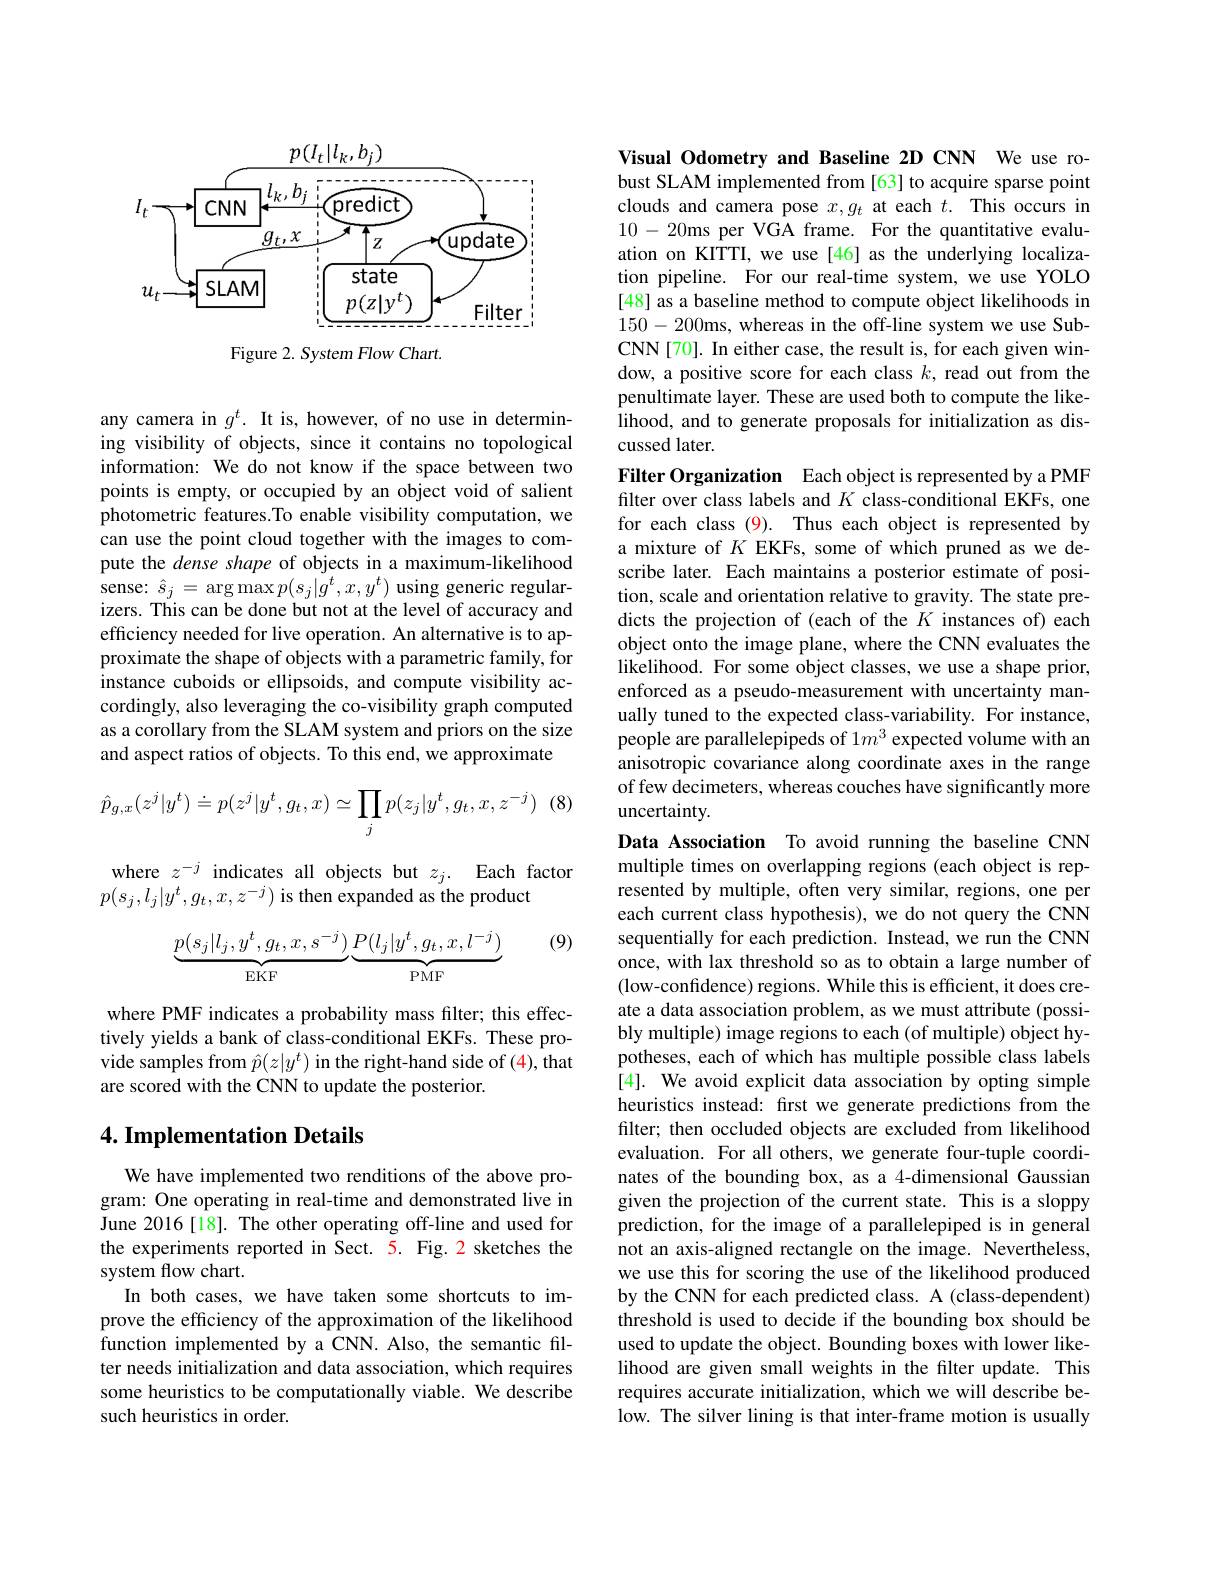
<FigureHere>

Figure 2. System Flow Chart

any camera in $g^t.$ It is, however, of no use in determining visibility of objects, since it contains no topological information: We do not know if the space between two points is empty, or occupied by an object void of salient photometric features.To enable visibility computation, we can use the point cloud together with the images to compute the dense shape of objects in a maximum-likelihood sense: $\hat{s}_j=\arg\max p(s_j|g^t,x,y^t)$ using generic regularizers. This can be done but not at the level of accuracy and efficiency needed for live operation. An alternative is to approximate the shape of objects with a parametric family, for instance cuboids or ellipsoids, and compute visibility accordingly, also leveraging the co-visibility graph computed as a corollary from the SLAM system and priors on the size and aspect ratios of objects. To this end, we approximate

(8
$$\hat{p}_{g,x}(z^j|y^t)\doteq p(z^j|y^t,g_t,x)\simeq\prod_jp(z_j|y^t,g_t,x,z^{-j})$$
where $z^-j$ indicates all objects but $z_j.$ Each factor

$p(s_j,l_j|y^t,g_t,x,z^{-j})$ is then expanded as the product

(9)
$$\underbrace{p(s_j|l_j,y^t,g_t,x,s^{-j})}_{\text{EKF}}\underbrace{P(l_j|y^t,g_t,x,l^{-j})}_{\text{PMF}}$$
where PMF indicates a probability mass filter; this effectively yields a bank of class-conditional EKFs. These provide samples from $\hat{p}(z|y^t)$ in the right-hand side of (4), that are scored with the CNN to update the posterior.

### 4. Implementation Details

We have implemented two renditions of the above program: One operating in real-time and demonstrated live in June 2016[18]. The other operating off-line and used for the experiments reported in Sect. 5. Fig.2 sketches the system flow chart.
In both cases, we have taken some shortcuts to improve the efficiency of the approximation of the likelihood function implemented by a CNN. Also, the semantic filter needs initialization and data association, which requires some heuristics to be computationally viable. We describe such heuristics in order.

Visual Odometry and Baseline 2D CNN We use robust SLAM implemented from [63] to acquire sparse point clouds and camera pose $x,g_t$ at each $t.$ This occurs in 10-20ms per VGA frame. For the quantitative evaluation on KITTI, we use[46] as the underlying localization pipeline. For our real-time system, we use YOLO [48] as a baseline method to compute object likelihoods in 150-200ms, whereas in the off-line system we use SubCNN[70]. In either case, the result is, for each given window, a positive score for each class $k$, read out from the penultimate layer. These are used both to compute the likelihood, and to generate proposals for initialization as discussed later.

Filter Organization Each object is represented by a PMF filter over class labels and $K$ class-conditional EKFs, one for each class (9). Thus each object is represented by a mixture of $K$ EKFs, some of which pruned as we describe later. Each maintains a posterior estimate of position, scale and orientation relative to gravity. The state predicts the projection of (each of the $K$ instances of) each object onto the image plane, where the CNN evaluates the likelihood. For some object classes, we use a shape prior, enforced as a pseudo-measurement with uncertainty manually tuned to the expected class-variability. For instance people are parallelepipeds of 1$m^3$ expected volume with an anisotropic covariance along coordinate axes in the range of few decimeters, whereas couches have significantly more uncertainty.
Data Association To avoid running the baseline CNN

multiple times on overlapping regions (each object is represented by multiple, often very similar, regions, one per each current class hypothesis), we do not query the CNN sequentially for each prediction. Instead, we run the CNN once, with lax threshold so as to obtain a large number of (low-confidence) regions. While this is efficient, it does create a data association problem, as we must attribute (possibly multiple) image regions to each (of multiple) object hypotheses, each of which has multiple possible class labels [4]. We avoid explicit data association by opting simple heuristics instead: first we generate predictions from the filter; then occluded objects are excluded from likelihood evaluation. For all others, we generate four-tuple coordinates of the bounding box, as a 4-dimensional Gaussian given the projection of the current state. This is a sloppy prediction, for the image of a parallelepiped is in general not an axis-aligned rectangle on the image. Nevertheless, we use this for scoring the use of the likelihood produced by the CNN for each predicted class. A (class-dependent) threshold is used to decide if the bounding box should be used to update the object. Bounding boxes with lower likelihood are given small weights in the filter update. This requires accurate initialization, which we will describe below. The silver lining is that inter-frame motion is usually